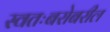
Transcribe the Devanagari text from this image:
स्वतःबरोबरील